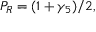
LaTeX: P _ { R } = ( 1 + \gamma _ { 5 } ) / 2 ,